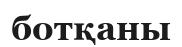
ботқаны